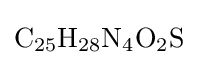
{\mathrm {C} {\vphantom {A}}_{\smash[{t}]{25}}\mathrm {H} {\vphantom {A}}_{\smash[{t}]{28}}\mathrm {N} {\vphantom {A}}_{\smash[{t}]{4}}\mathrm {O} {\vphantom {A}}_{\smash[{t}]{2}}\mathrm {S} }